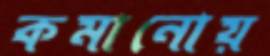
কমানোয়